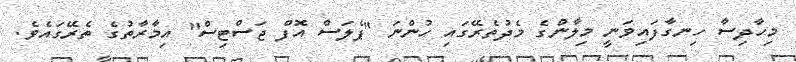
މިހާދިސާ ހިނގާފައިވަނީ މިލާންގެ މެދުތެރޭގައި ހުންނަ "ޕެލަސް އޮފް ޖަސްޓިސް" އިމާރާތުގެ ތެރޭގައެވެ.